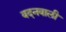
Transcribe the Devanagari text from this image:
वदनवाली